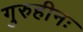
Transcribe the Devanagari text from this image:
गुरुहीनः